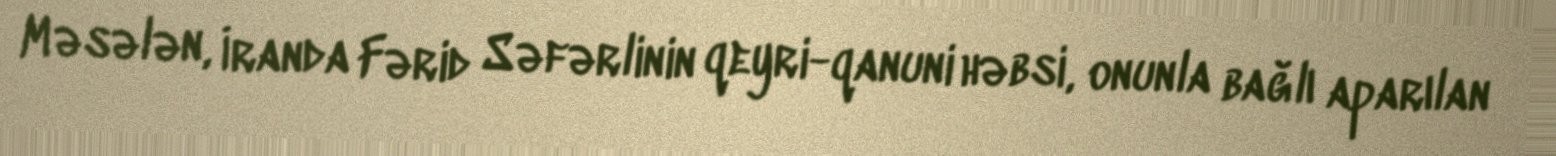
Məsələn, İranda Fərid Səfərlinin qeyri-qanuni həbsi, onunla bağlı aparılan